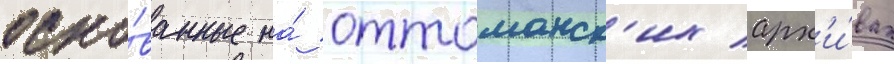
осно́ванные на́ оттоманск'их арх'и́вах